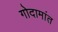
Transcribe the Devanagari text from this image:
गोदामांत